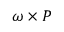
{ \boldsymbol { \omega } } \times { \boldsymbol { P } }